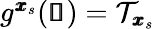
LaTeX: \begin{array}{r}{g^{\pmb{x}_{s}}(\pmb{\mathscr{s}})=\mathcal{T}_{\pmb{x}_{s}}}\end{array}